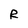
Character: R